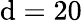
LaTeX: \mathrm{d}=20